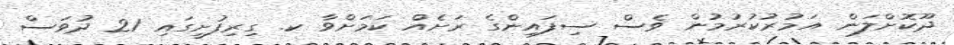
ދޫކޮށްލަން އަމުރުކުރުމުން ވެސް ސިފައިންގެ ރަށެއް ކަމަށްވާ ކ. ގިރިފުށީގައި 21 ދުވަސް